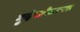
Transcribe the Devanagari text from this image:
गुन्हेगारीकरनावर